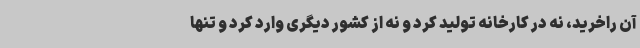
آن راخرید، نه در کارخانه تولید کرد و نه از کشور دیگری وارد کرد و تنها